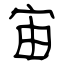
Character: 宙